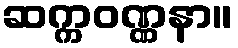
ဆက္ကဝဏ္ဏနာ။